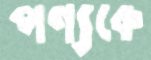
পণ্যকে